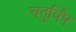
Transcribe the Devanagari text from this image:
चतुर्विंष